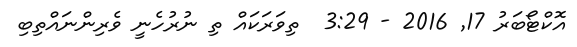
އޮކްޓޯބަރު 17